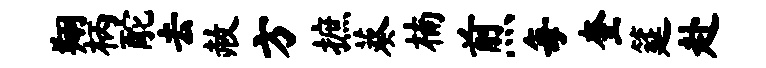
翔柄酡去赦方摭葵楠煎每奎筵赴